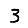
Digit: 3